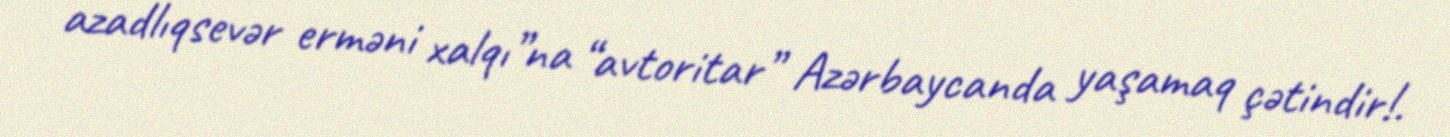
azadlıqsevər erməni xalqı”na “avtoritar” Azərbaycanda yaşamaq çətindir!.